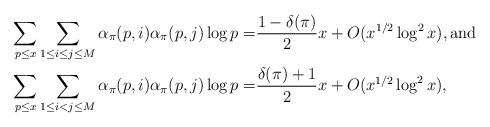
LaTeX: \begin{align*} \sum_{p \leq x} \sum_{1 \leq i \leq j \leq M}\alpha_{\pi}(p, i)\alpha_{\pi}(p, j)\log p=& \frac {1-\delta(\pi)}{2}x+O(x^{1/2}\log^{2} x), \mbox{and} \\ \sum_{p \leq x} \sum_{1 \leq i < j \leq M}\alpha_{\pi}(p, i)\alpha_{\pi}(p, j)\log p=& \frac {\delta(\pi) + 1}{2}x+O(x^{1/2}\log^{2} x),\end{align*}